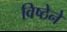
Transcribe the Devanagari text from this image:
विष्ठेने